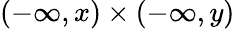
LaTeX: (-\infty,x)\times(-\infty,y)